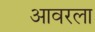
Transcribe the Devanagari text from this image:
आवरला